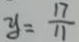
y = \frac { 1 7 } { 1 1 }